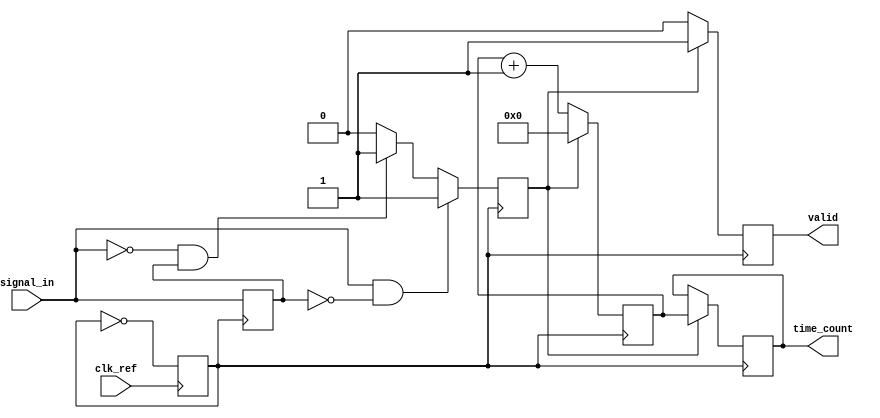
module TDC (
    input wire clk_ref,          // Reference clock input
    input wire signal_in,        // Input signal to measure time intervals
    output reg [31:0] time_count, // Time interval count output
    output reg valid             // Valid output signal
);

    // PLL parameters
    parameter PLL_MULTIPLIER = 8; // PLL multiplier for VCO frequency
    parameter COUNTER_WIDTH = 32;  // Width of the counter

    // Internal signals
    reg clk_pll;                  // PLL generated clock
    reg [COUNTER_WIDTH-1:0] counter; // Counter for time measurement
    reg edge_detected;           // Edge detection flag
    reg last_signal_state;       // Last state of the input signal

    // PLL generation (simple model)
    always @(posedge clk_ref) begin
        clk_pll <= ~clk_pll; // Toggle clock for simulation purposes
    end

    // Edge detection logic
    always @(posedge clk_pll) begin
        if (signal_in && !last_signal_state) begin
            edge_detected <= 1; // Rising edge detected
        end else if (!signal_in && last_signal_state) begin
            edge_detected <= 1; // Falling edge detected
        end else begin
            edge_detected <= 0; // No edge detected
        end
        last_signal_state <= signal_in; // Update last state
    end

    // Time measurement logic
    always @(posedge clk_pll) begin
        if (edge_detected) begin
            time_count <= counter; // Capture the count on edge detection
            valid <= 1;            // Set valid signal
            counter <= 0;          // Reset counter
        end else begin
            counter <= counter + 1; // Increment counter
            valid <= 0;             // Clear valid signal
        end
    end

endmodule